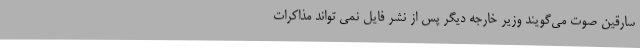
سارقین صوت می‌گویند وزیر خارجه دیگر پس از نشر فایل نمی تواند مذاکرات